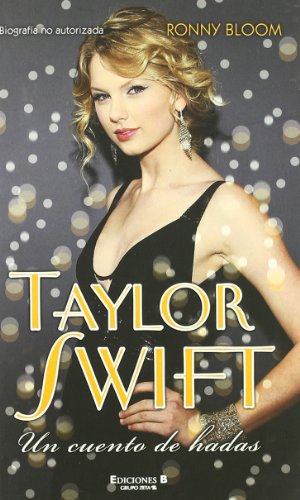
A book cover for Taylor Swift. Un cuento de hadas (Spanish Edition); Ronny Bloom; Teen & Young Adult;